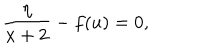
\frac { \eta } { x + 2 } - f ( u ) = 0 ,